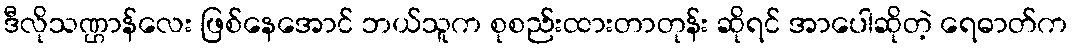
ဒီလိုသဏ္ဌာန်လေး ဖြစ်နေအောင် ဘယ်သူက စုစည်းထားတာတုန်း ဆိုရင် အာပေါဆိုတဲ့ ရေဓာတ်က